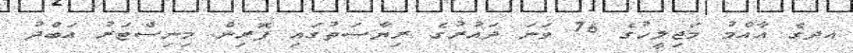
އދގެ އާއްމު މަޖިލީހުގެ 76 ވަނަ ދައުރުގެ ރިޔާސަތުގައި ފޮރިން މިނިސްޓަރު އަބްދު